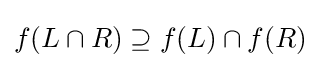
f(L\cap R)\supseteq f(L)\cap f(R)